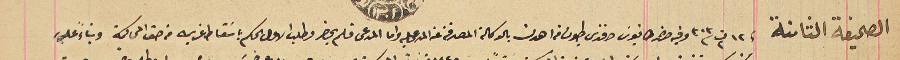
الصحيفة الثامنة فى ١٢ ت٢ ٣٠٣ وفيه حضر طانيوسَ افندى طيون من اهدن بالوكالة المصدقة عن المدعى عليه واما المدعى فلم يحضر وطلب الاول الحكم باسَقاط غريمه من حق المحاكمة وبناءً عليه